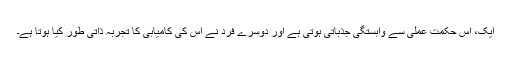
ایک، اس حکمت عملی سے وابستگی جذباتی ہوتی ہے اور دوسرے فرد نے اس کی کامیابی کا تجربہ ذاتی طور کیا ہوتا ہے۔